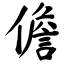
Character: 儋